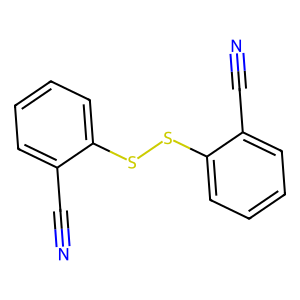
SMILES: N#Cc1ccccc1SSc1ccccc1C#N
Inhibits HIV replication: No